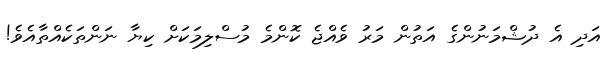
އަދި އެ ދުޝްމަނުންގެ އަތުން މަރު ވެއްޖެ ކޮންމެ މުސްލިމަކަށް ކިޔާ ނަންތަކެއްތާއެވެ!